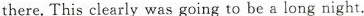
there,This clearly was going to be a long night.